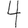
Digit: 4